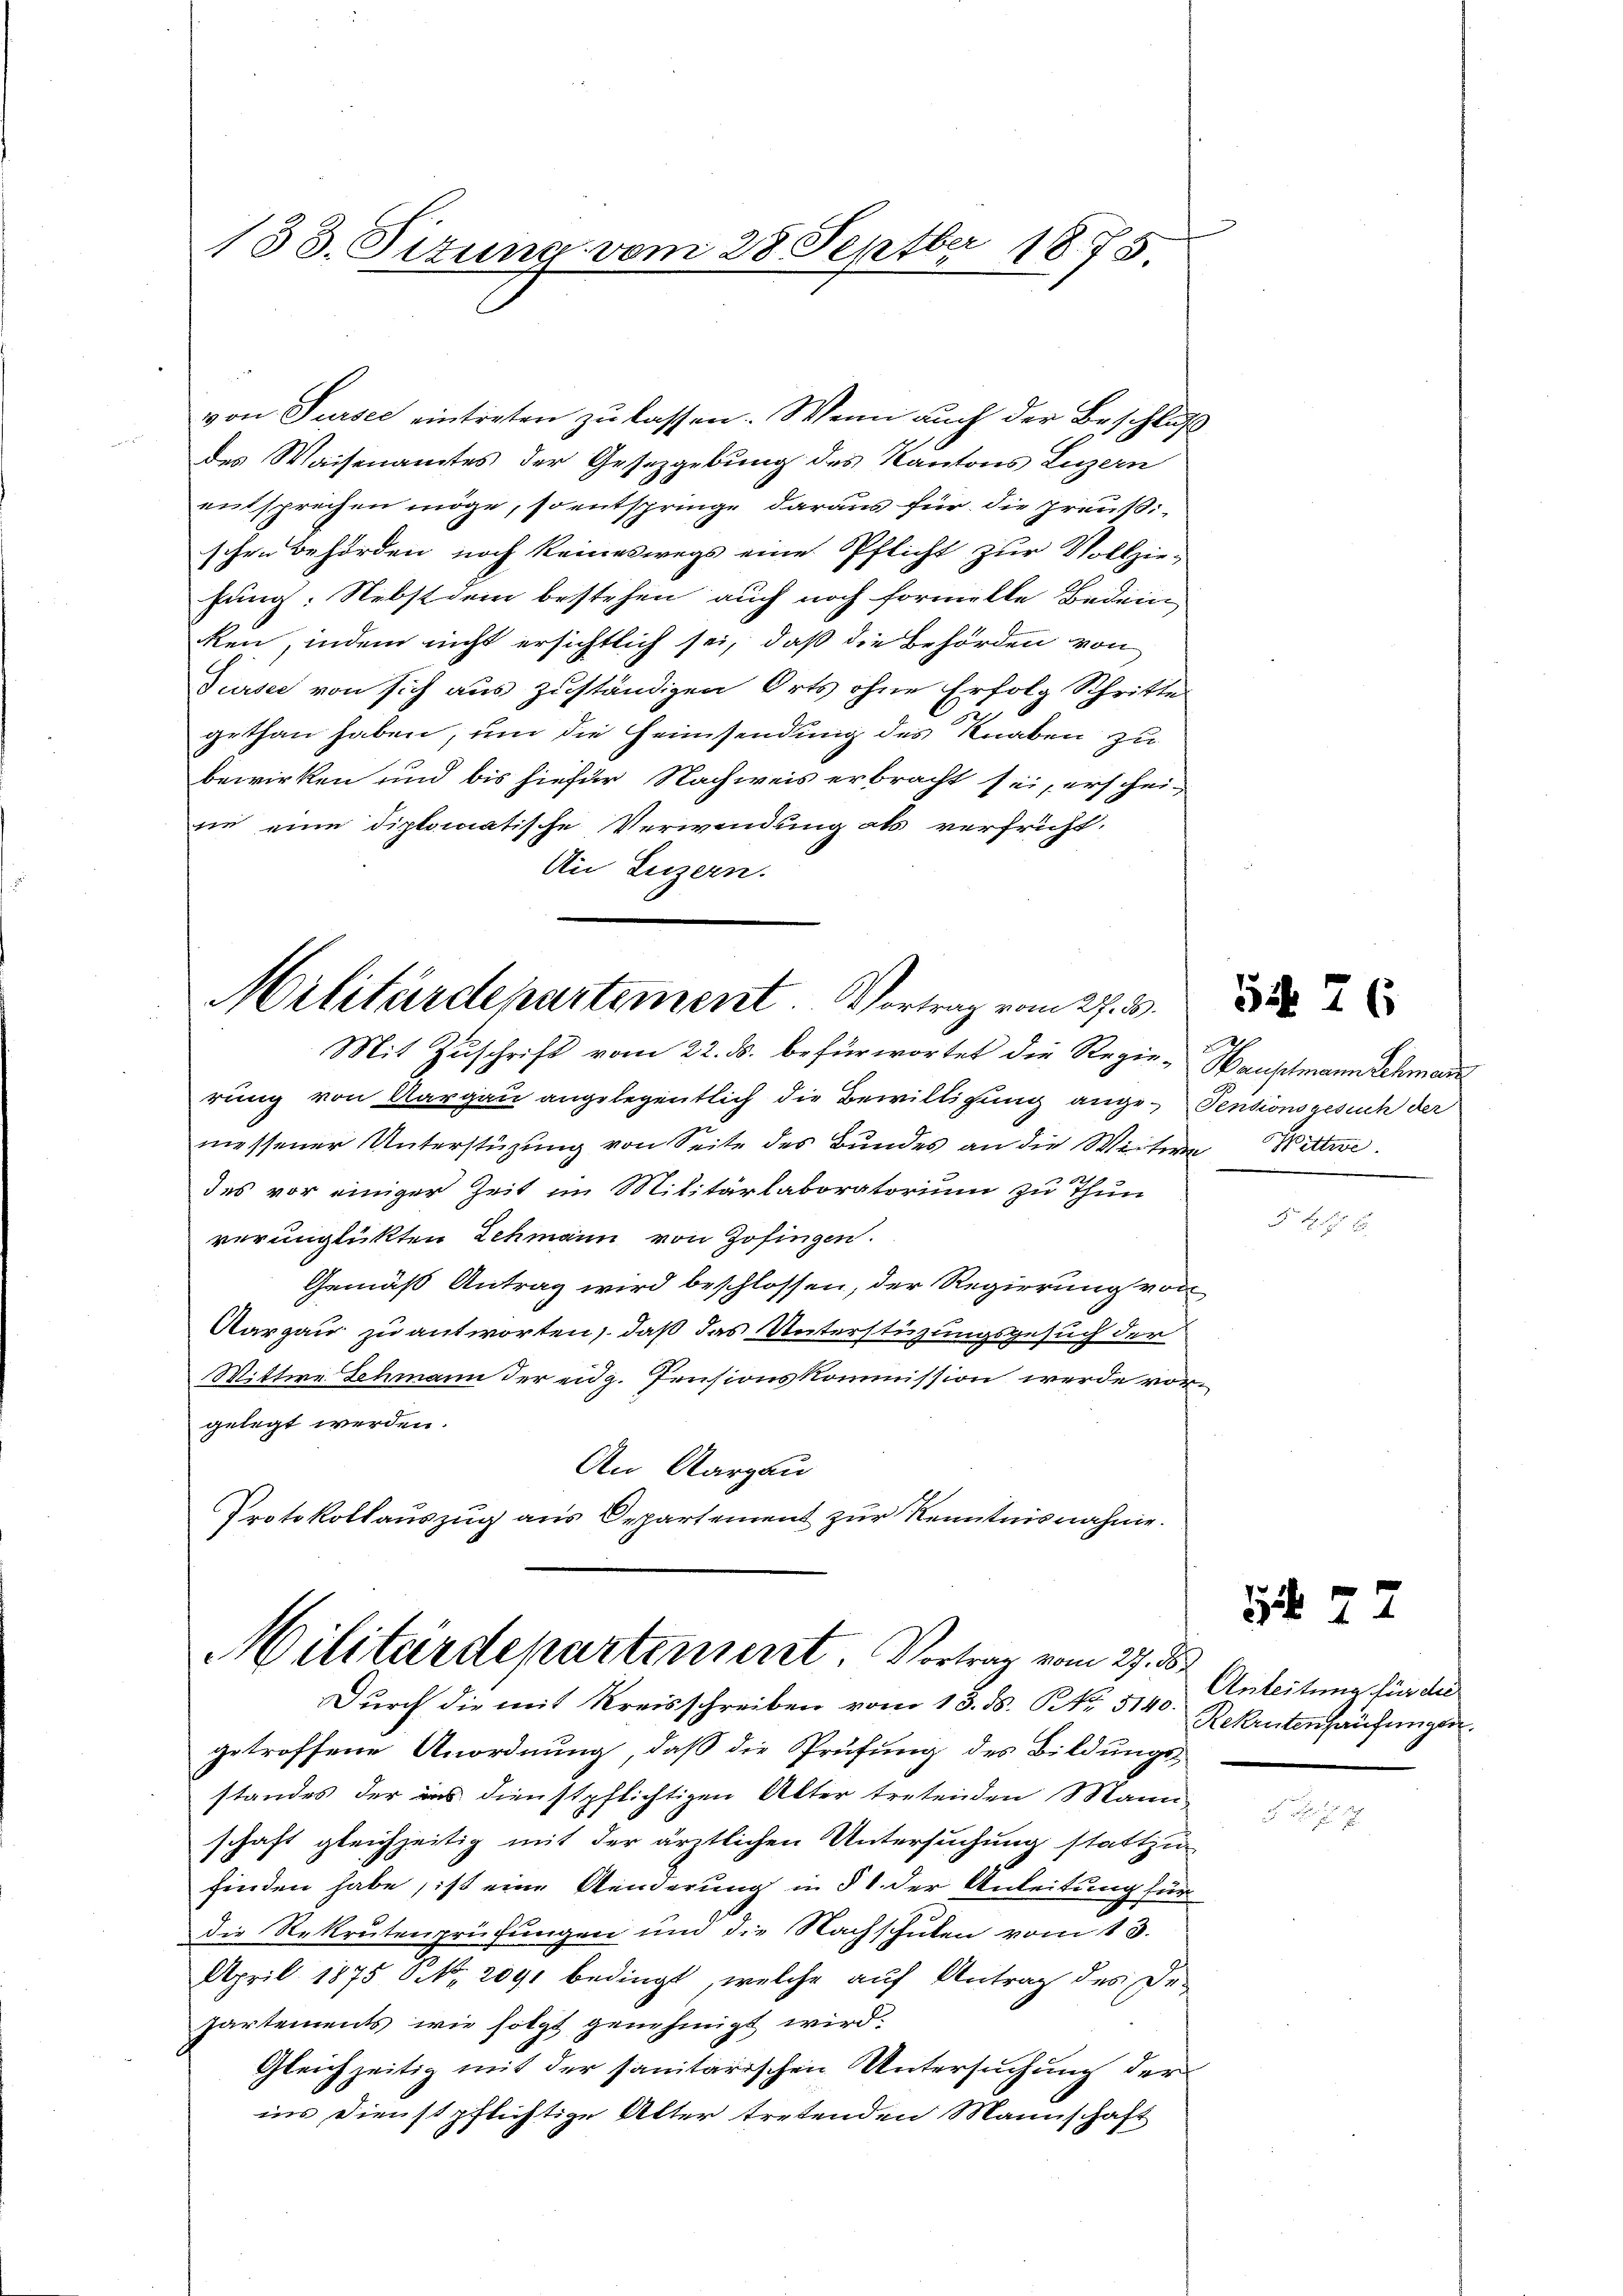
von Sursee eintreten zu lassen. Wenn auch der Beschluß
des Waisenamtes der Gesetzgebung des Kantons Luzern
entsprechen möge, so entspringe daraus für die preußischen Behörden noch keineswegs eine Pflicht zur Vollzie-
fung: Nebst dem bestehen auch noch formelle Bedeu
ken, indem nicht ersichtlich sei, daß die Behörden von
Sursee von sich aus zuständigen Orts ohne Erfolg Schritte
gethan haben, um die Heimsendung des Knaben zu
bewirken und bis hiefür Nachweis erbracht sei, erschei-
ne eine diplomatische Verwendung als verfrüht.
An Luzern.

133. Pitung vom 28. Septbr 1875

Militärdepartement. Vortrag vom 27. 3.
Mit Zuschrift vom 22. ds. befürwortet die Regie-Hauptmann Schmar

rung von Aargau angelegentlich die Bewilligung ange¬ Pensionsgesuch der
messener Unterstüzung von Seite des Bundes an die Weitern Wittwe.
des vor einiger Zeit im Militärlaboratorium zu Thun
verunglükten Lehmann von Zofingen.
Gemäß Antrag wird beschlossen, der Regierung von
Aargau zu antworten, daß das Unterstüzungsgesuch der
Wittwe Lehmann der eidg. Pensionskommission werde vorgelegt werden.
An Aargau
Protokollauszug aus Departement zur Kenntnisnahme.

Militärdepartement. Vortrag vom 27. ds.

Dŭrch die mit Kreisschreiben vom 13. ds. S. Nr. 5140.
getroffene Anordnung, daß die Prüfung des Bildungs-
standes der aus dienstpflichtigen Alter tretenden Mann
schaft gleichzeitig mit der ärztlichen Untersuchung stattzu
finden habe, ist eine Aenderung in § 1 der Anleitung für
die Rekrutenprüfungen und die Nachschulen vom 13.
April 1875 0 No. 2091 bedingt, welche auf Antrag des De-
Partements wie folgt genehmigt wird.
Gleichzeitig mit der sanitarischen Untersuchung der
ins Dienstpflichtige Alter tretenden Mannschaft

S. 26

S 77

Anleitung für die
Rekrutenaufungen.